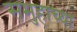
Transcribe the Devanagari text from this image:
समुहाच्या